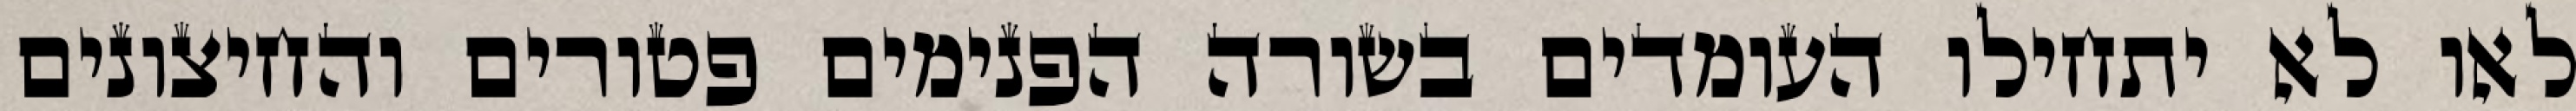
לאו לא יתחילו העומדים בשורה הפנימים פטורים והחיצונים